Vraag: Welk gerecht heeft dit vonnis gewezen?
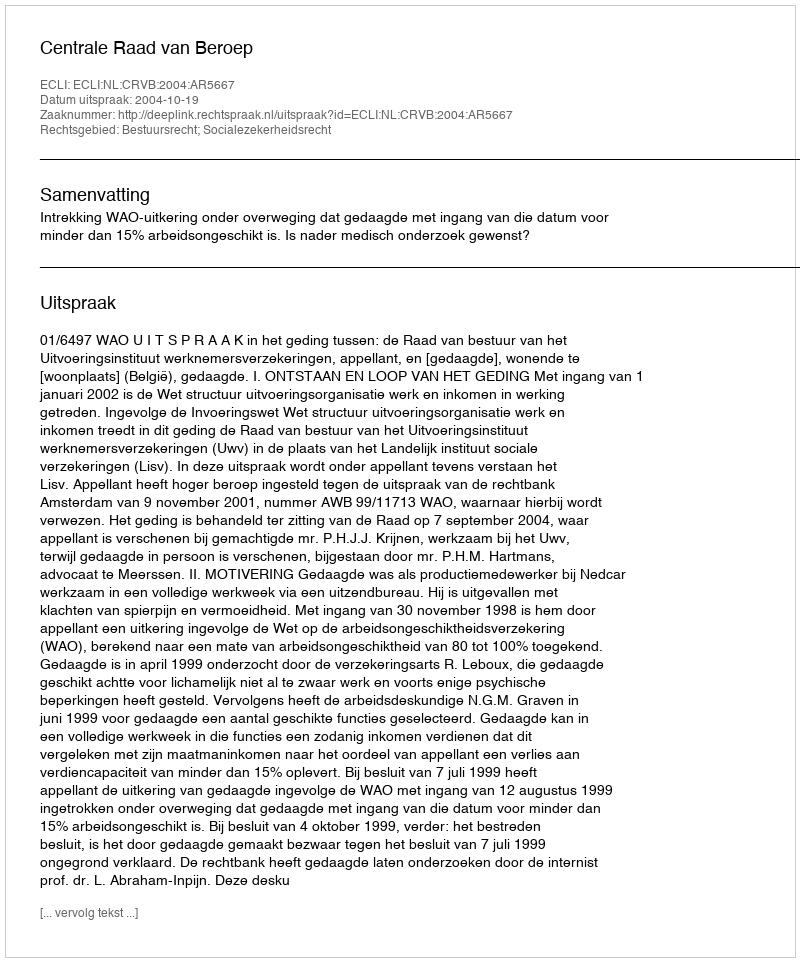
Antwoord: Centrale Raad van Beroep